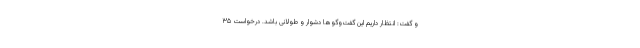
و گفت: انتظار داریم این گفت‌وگوها دشوار و طولانی باشد. درخواست ۳۵